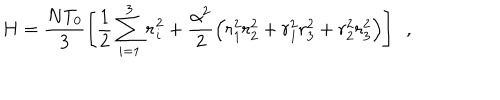
H = \frac { N T _ { 0 } } { 3 } \left[ \frac { 1 } { 2 } \sum _ { i = 1 } ^ { 3 } \dot { r } _ { i } ^ { 2 } + \frac { \alpha ^ { 2 } } { 2 } \Big ( r _ { 1 } ^ { 2 } r _ { 2 } ^ { 2 } + r _ { 1 } ^ { 2 } r _ { 3 } ^ { 2 } + r _ { 2 } ^ { 2 } r _ { 3 } ^ { 2 } \Big ) \right] ~ ~ ,